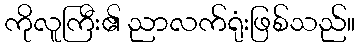
ကိုလူကြီး၏ ညာလက်ရုံးဖြစ်သည်။